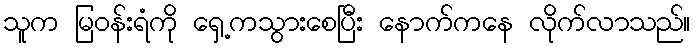
သူက မြဝန်းရံကို ရှေ့ကသွားစေပြီး နောက်ကနေ လိုက်လာသည်။